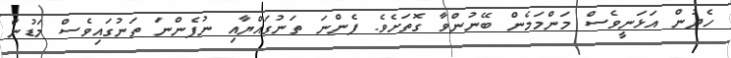
ހެދުން އަޅަނީވެސް މަންމަމެން ބޭނުންވާ ގޮތަށެވެ. ފެންނަ ތަނުގައްޔާއި ނުފެންނަ ތަނުގައިވެސް މަޑުން